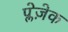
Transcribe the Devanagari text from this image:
प्लेज़ेक